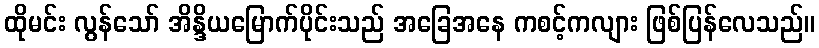
ထိုမင်း လွန်သော် အိန္ဒိယမြောက်ပိုင်းသည် အခြေအနေ ကစင့်ကလျား ဖြစ်ပြန်လေသည်။